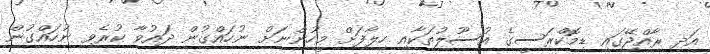
އަދި ރާއްޖޭގައި ޑިމޮކްރަސީގެ އުސޫލުތަކާއި ހިލާފަށް މީހުންނަށް ނުހައްގުން ދައުވާ ކުރެވި ނުހައްގުން